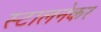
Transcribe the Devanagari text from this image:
स्टालनेकर